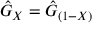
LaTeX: { \hat { G } } _ { X } = { \hat { G } } _ { ( 1 - X ) }